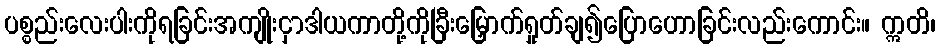
ပစ္စည်းလေးပါးကိုရခြင်းအကျိုးငှာဒါယကာတို့ကိုခြီးမြှောက်ရှုတ်ချ၍ပြောဟောခြင်းလည်းကောင်း။ ဣတိ၊